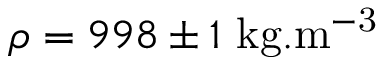
\rho = 9 9 8 \pm 1 ~ \mathrm { k g . m ^ { - 3 } }